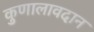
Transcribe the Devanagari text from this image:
कुणालावदान